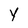
Character: Y